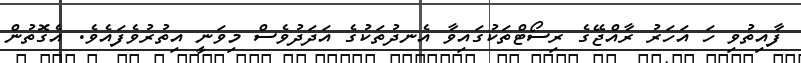
ފާއިތުވި ހަ އަހަރު ރާއްޖޭގެ ރިސޯޓްތަކުގައިވާ އެނދުތަކުގެ އަދަދުވެސް މިވަނީ އިތުރުވެފައެވެ. އެގޮތުން